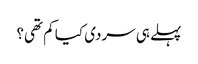
پہلے ہی سردی کیا کم تھی؟